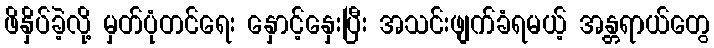
ဖိနှိပ်ခဲ့လို့ မှတ်ပုံတင်ရေး နှောင့်နှေးပြီး အသင်းဖျက်ခံရမယ့် အန္တရာယ်တွေ